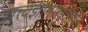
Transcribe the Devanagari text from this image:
तत्त्वज्ञानासंदर्भात